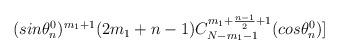
LaTeX: \begin{align*}(sin{\theta_n^0})^{m_{1}+1}(2m_1+n-1)C_{N-m_{1}-1}^{m_1+\frac{n-1}{2}+1}(cos{\theta_n^0})]\end{align*}